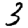
Digit: 3